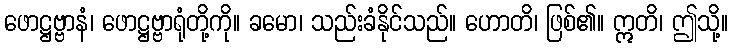
ဖောဋ္ဌဗ္ဗာနံ၊ ဖောဋ္ဌဗ္ဗာရုံတို့ကို။ ခမော၊ သည်းခံနိုင်သည်။ ဟောတိ၊ ဖြစ်၏။ ဣတိ၊ ဤသို့။